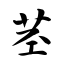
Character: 茎